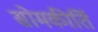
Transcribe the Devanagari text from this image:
सोमकीर्ति